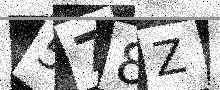
Text: 578Z